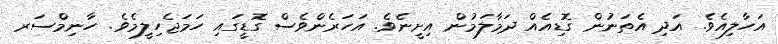
އަހާލިއެވެ. އަދި އެތަނުން ގޮޑިއެއް ދަމާލަމުން އިށީނެވެ. އަހަރެންވެސް ގޮޑީގައި ހަމަޖެހިލީމެވެ. ހާނިމްސަރ